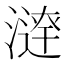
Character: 𣾣